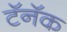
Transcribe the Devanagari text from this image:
टॅनॅक